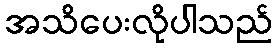
အသိပေးလိုပါသည်